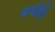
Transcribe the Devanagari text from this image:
अन्धौरी